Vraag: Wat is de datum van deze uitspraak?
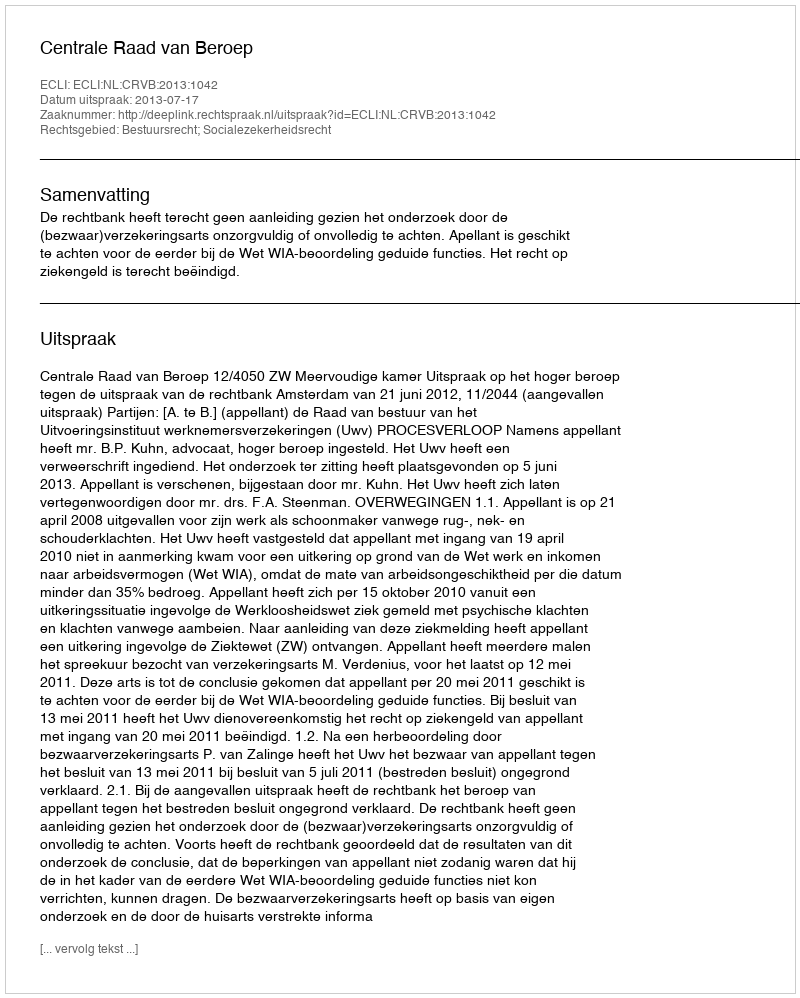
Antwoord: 2013-07-17